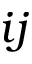
i j